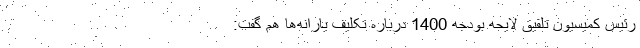
رئیس کمیسیون تلفیق لایحه بودجه 1400 درباره تکلیف یارانه‌ها هم گفت: